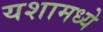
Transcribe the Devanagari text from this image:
यशामध्ये